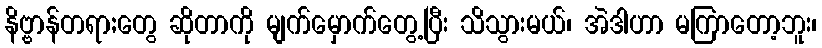
နိဗ္ဗာန်တရာ;တွေ ဆိုတာကို မျက်မှောက်တွေ့ပြီး သိသွားမယ်၊ အဲဒါဟာ မကြာတော့ဘူး၊